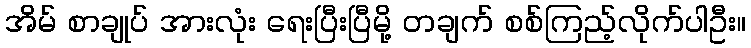
အိမ် စာချုပ် အားလုံး ရေးပြီးပြီမို့ တချက် စစ်ကြည့်လိုက်ပါဦး။